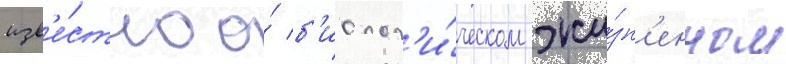
изв'е́стно о́ б'иолог'и́ческом жи́зн'енном